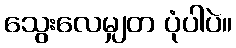
သွေးလေမျှတ ပုံပါပဲ။